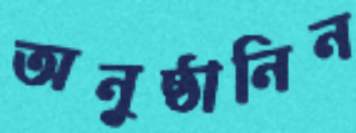
অনুষ্ঠানিন